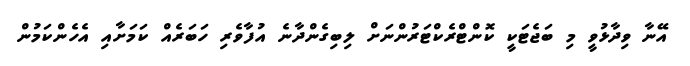
އޭނާ ވިދާޅުވީ މި ބަޖެޓަކީ ކޮންޓްރެކްޓަރުންނަށް ލިބިގެންދާނެ އުފާވެރި ހަބަރެއް ކަމަށާއި އެހެންކަމުން